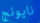
نايونج